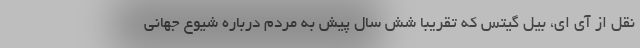
نقل از آی ای، بیل گیتس که تقریبا شش سال پیش به مردم درباره شیوع جهانی